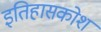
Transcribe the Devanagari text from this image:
इतिहासकोश